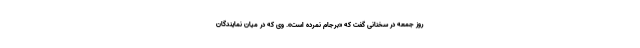
روز جمعه در سخنانی گفت که «برجام نمرده است». وی که در میان نمایندگان